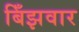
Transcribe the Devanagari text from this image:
बिँझवार